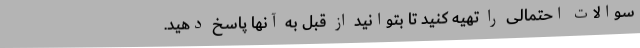
سوالات احتمالی را تهیه کنید تا بتوانید از قبل به آنها پاسخ دهید.